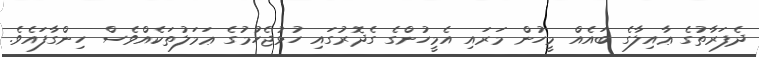
ދެފަރާތުގެ ޢާއިލާގެ ބައެއް މީހުން މަރައި އެމީހުންގެ ގެދޮރުގައި ހުޅުޖެހުމުގެ ޢަމަލުތަކެއްވެސް ހިންގާފައެވެ.